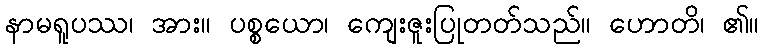
နာမရူပဿ၊ အား။ ပစ္စယော၊ ကျေးဇူးပြုတတ်သည်။ ဟောတိ၊ ၏။